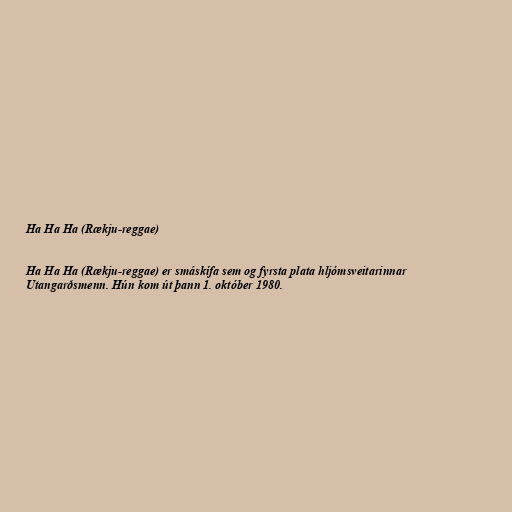
Ha Ha Ha (Rækju-reggae)

Ha Ha Ha (Rækju-reggae) er smáskífa sem og fyrsta plata hljómsveitarinnar
Utangarðsmenn. Hún kom út þann 1. október 1980.